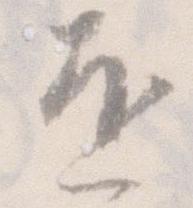
を